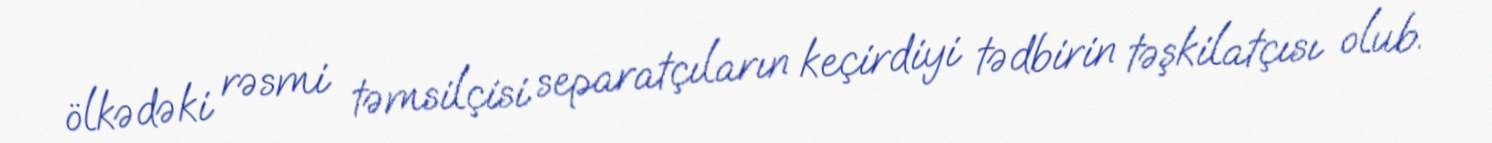
ölkədəki rəsmi təmsilçisi separatçıların keçirdiyi tədbirin təşkilatçısı olub.